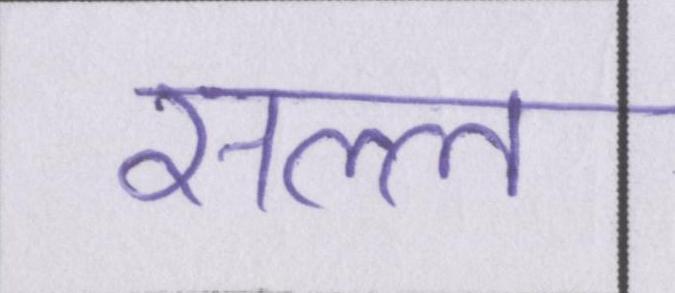
सल्ल